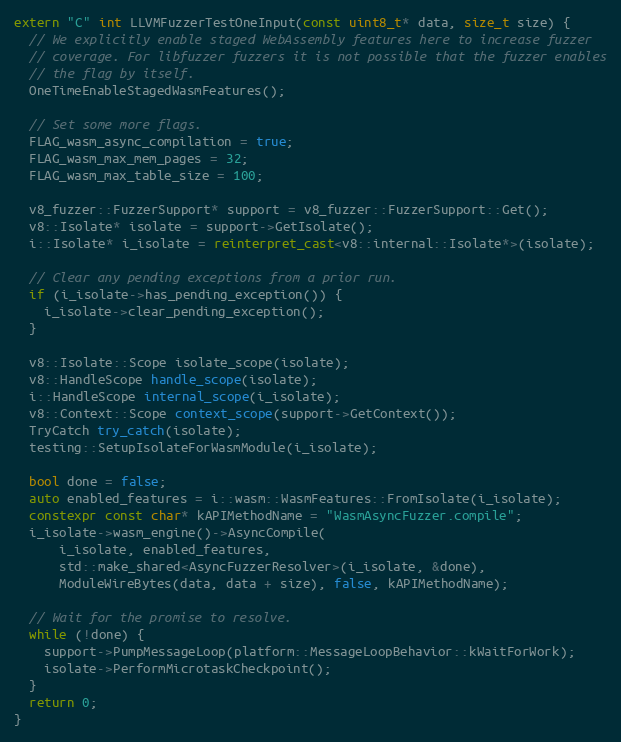
Language: C++
extern "C" int LLVMFuzzerTestOneInput(const uint8_t* data, size_t size) {
  // We explicitly enable staged WebAssembly features here to increase fuzzer
  // coverage. For libfuzzer fuzzers it is not possible that the fuzzer enables
  // the flag by itself.
  OneTimeEnableStagedWasmFeatures();

  // Set some more flags.
  FLAG_wasm_async_compilation = true;
  FLAG_wasm_max_mem_pages = 32;
  FLAG_wasm_max_table_size = 100;

  v8_fuzzer::FuzzerSupport* support = v8_fuzzer::FuzzerSupport::Get();
  v8::Isolate* isolate = support->GetIsolate();
  i::Isolate* i_isolate = reinterpret_cast<v8::internal::Isolate*>(isolate);

  // Clear any pending exceptions from a prior run.
  if (i_isolate->has_pending_exception()) {
    i_isolate->clear_pending_exception();
  }

  v8::Isolate::Scope isolate_scope(isolate);
  v8::HandleScope handle_scope(isolate);
  i::HandleScope internal_scope(i_isolate);
  v8::Context::Scope context_scope(support->GetContext());
  TryCatch try_catch(isolate);
  testing::SetupIsolateForWasmModule(i_isolate);

  bool done = false;
  auto enabled_features = i::wasm::WasmFeatures::FromIsolate(i_isolate);
  constexpr const char* kAPIMethodName = "WasmAsyncFuzzer.compile";
  i_isolate->wasm_engine()->AsyncCompile(
      i_isolate, enabled_features,
      std::make_shared<AsyncFuzzerResolver>(i_isolate, &done),
      ModuleWireBytes(data, data + size), false, kAPIMethodName);

  // Wait for the promise to resolve.
  while (!done) {
    support->PumpMessageLoop(platform::MessageLoopBehavior::kWaitForWork);
    isolate->PerformMicrotaskCheckpoint();
  }
  return 0;
}